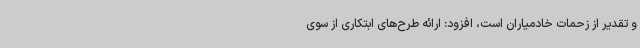
و تقدیر از زحمات خادمیاران است، افزود: ارائه طرح‌های ابتکاری از سوی